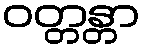
ဝတ္တန္တာ